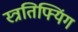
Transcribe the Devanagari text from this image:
स्त्रतिफ्यिंग